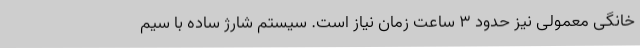
خانگی معمولی نیز حدود 3 ساعت زمان نیاز است. سیستم شارژ ساده با سیم